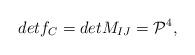
LaTeX: \begin{align*}det f_C = det M_{IJ} = {\cal{P}}^{4},\end{align*}